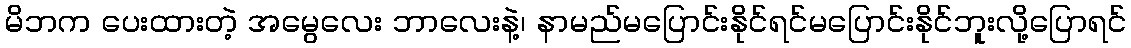
မိဘက ပေးထားတဲ့ အမွေလေး ဘာလေးနဲ့၊ နာမည်မပြောင်းနိုင်ရင်မပြောင်းနိုင်ဘူးလို့ပြောရင်